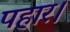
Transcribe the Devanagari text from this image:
पहार।